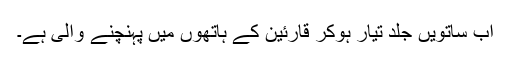
اب ساتویں جلد تیار ہوکر قارئین کے ہاتھوں میں پہنچنے والی ہے۔